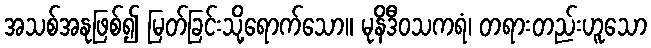
အသစ်အနုဖြစ်၍ မြတ်ခြင်းသို့ရောက်သော။ မုနိဒီဝသကရံ၊ တရားတည်းဟူသော